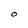
Character: O